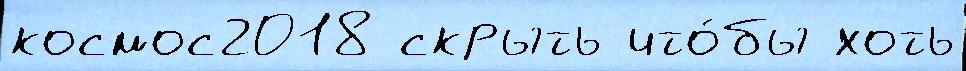
космос2018 скрыть что́бы хоть